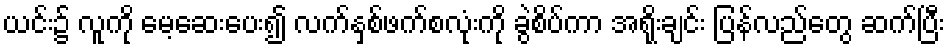
ယင်း၌ လူကို မေ့ဆေးပေး၍ လက်နှစ်ဖက်စလုံးကို ခွဲစိပ်ကာ အရိုးချင်း ပြန်လည်တွေ ဆက်ပြီး